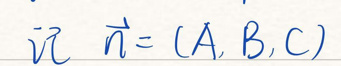
记\(\vec{v} \vec{n} = (A, B, C)\)